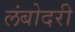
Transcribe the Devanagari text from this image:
लंबोदरी